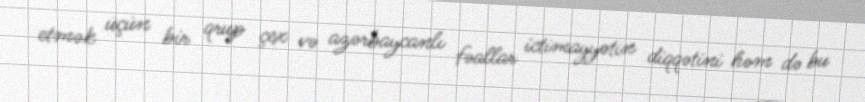
etmək üçün bir qrup çex və azərbaycanlı fəallar ictimayyətin diqqətini həm də bu